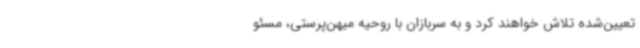
تعیین‌شده تلاش خواهند کرد و به سربازان با روحیه میهن‌پرستی‌، مسئو